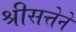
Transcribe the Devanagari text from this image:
श्रीसत्तेने